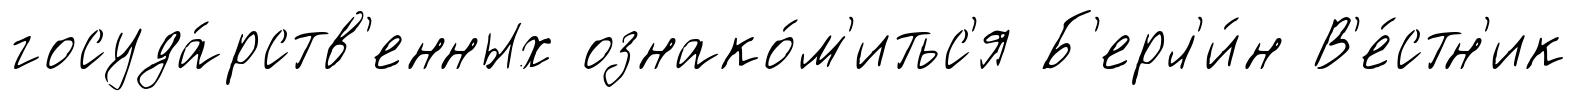
госуда́рств'енных ознако́м'итьс'я Б'ерл'и́н В'е́стн'ик